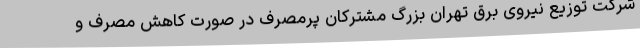
شرکت توزیع نیروی برق تهران بزرگ مشترکان پرمصرف در صورت کاهش مصرف و